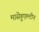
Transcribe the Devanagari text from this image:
मासेहुएल्टीन